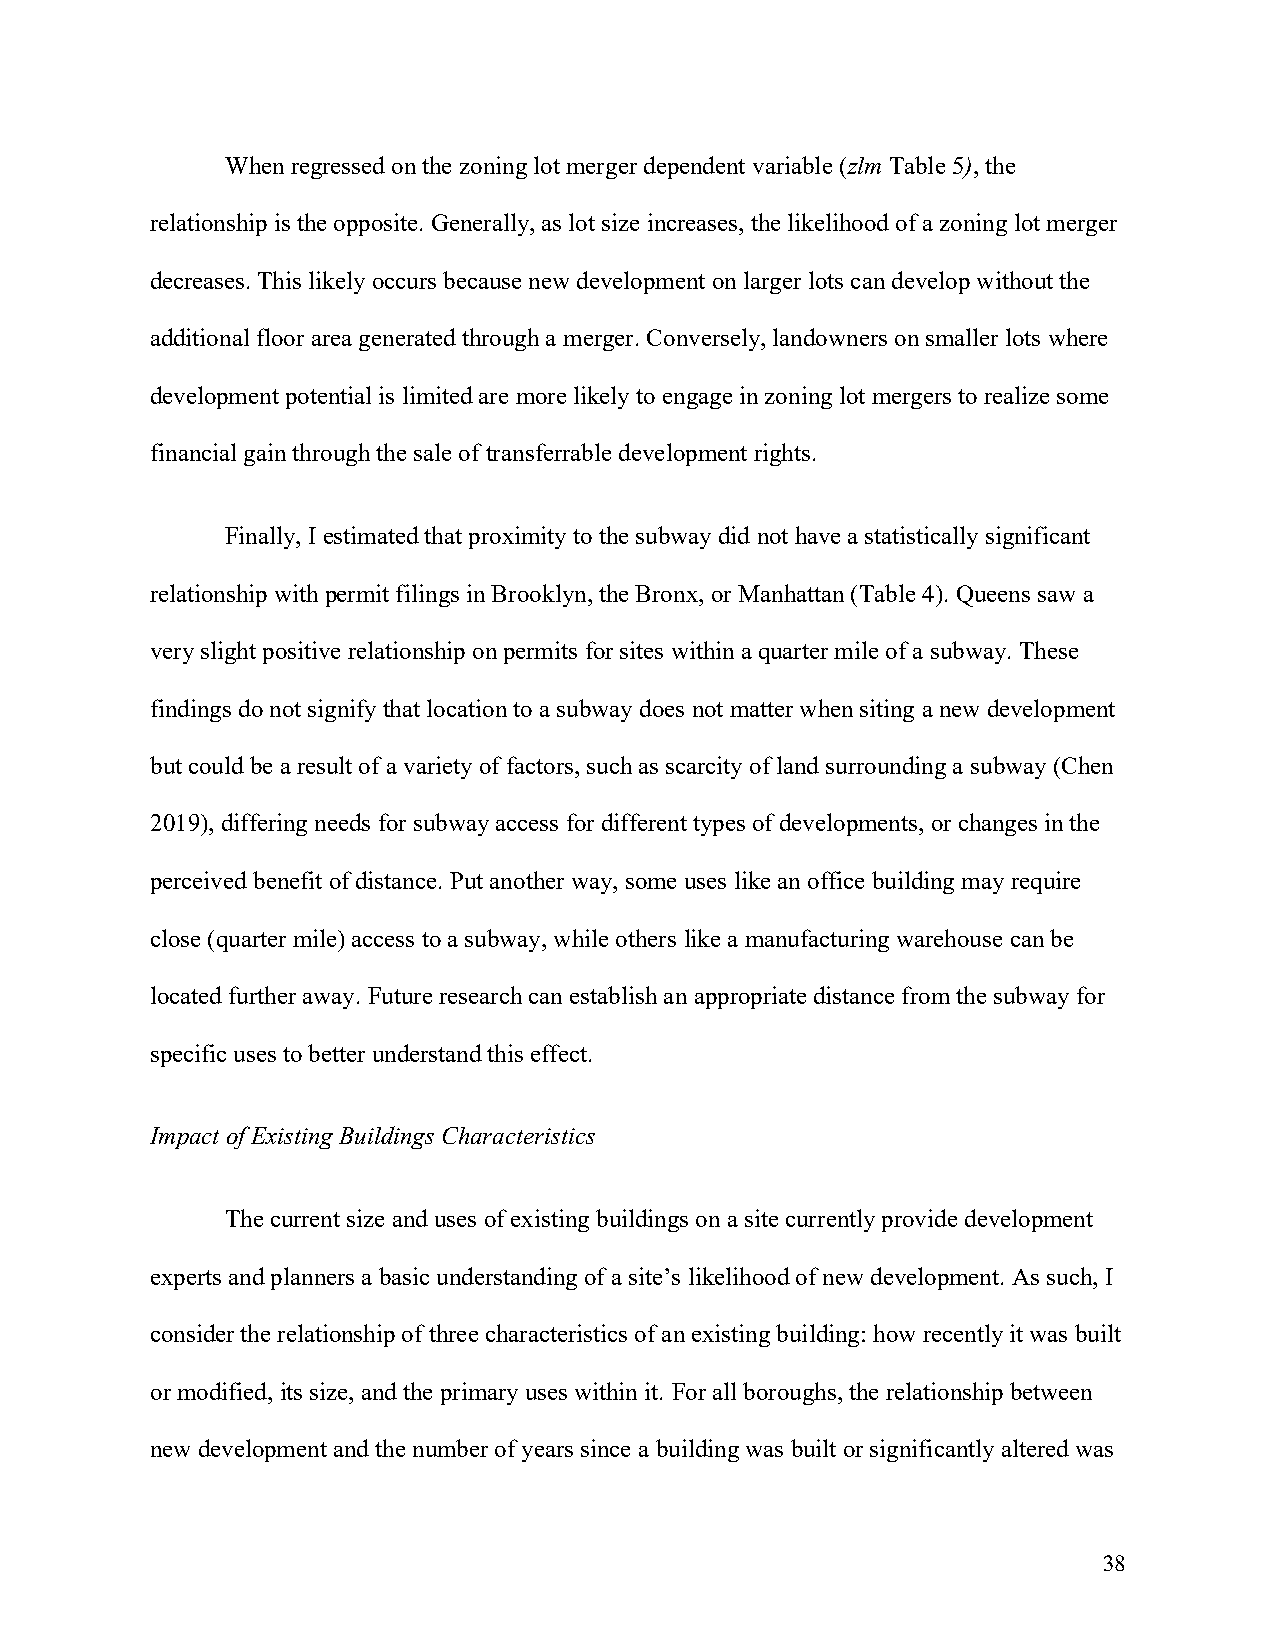
When regressed on the zoning lot merger dependent variable (zlm Table 5), the
 relationship is the opposite. Generally, as lot size increases, the likelihood of a zoning lot merger
 decreases. This likely occurs because new development on larger lots can develop without the
 additional floor area generated through a merger. Conversely, landowners on smaller lots where
 development potential is limited are more likely to engage in zoning lot mergers to realize some
 financial gain through the sale of transferrable development rights.
 Finally, I estimated that proximity to the subway did not have a statistically significant
 relationship with permit filings in Brooklyn, the Bronx, or Manhattan (Table 4). Queens saw a
 very slight positive relationship on permits for sites within a quarter mile of a subway. These
 findings do not signify that location to a subway does not matter when siting a new development
 but could be a result of a variety of factors, such as scarcity of land surrounding a subway (Chen
 2019), differing needs for subway access for different types of developments, or changes in the
 perceived benefit of distance. Put another way, some uses like an office building may require
 close (quarter mile) access to a subway, while others like a manufacturing warehouse can be
 located further away. Future research can establish an appropriate distance from the subway for
 specific uses to better understand this effect.
 Impact of Existing Buildings Characteristics
 The current size and uses of existing buildings on a site currently provide development
 experts and planners a basic understanding of a site’s likelihood of new development. As such, I
 consider the relationship of three characteristics of an existing building: how recently it was built
 or modified, its size, and the primary uses within it. For all boroughs, the relationship between
 new development and the number of years since a building was built or significantly altered was
 38